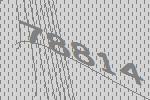
78814